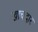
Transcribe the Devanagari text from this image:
खाचदार